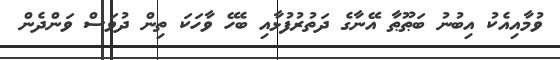
ވުމާއިއެކު އިބުނު ބަޠޫޠާ އޭނާގެ ދަތުރުފުޅާއި ބެހޭ ވާހަކަ ތިން ދުވަސް ވަންދެން